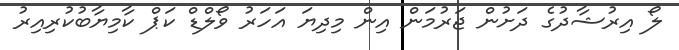
ލޯ އިރުޝާދުގެ ދަށުން ޖަރުމަން އިން މިދިޔަ އަހަރު ވޯލްޑް ކަޕް ކާމިޔާބުކުރިއިރު